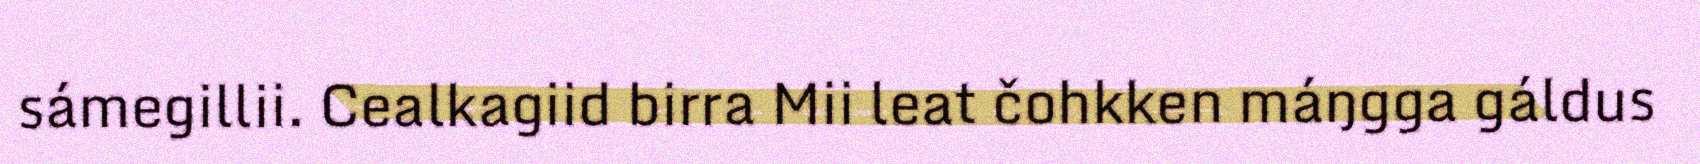
sámegillii. Cealkagiid birra Mii leat čohkken máŋgga gáldus